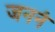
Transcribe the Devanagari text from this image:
जननं